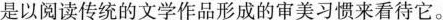
是以阅读传统的文学作品形成的审美习惯来看待它。